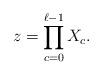
LaTeX: \begin{align*}z=\prod_{c=0}^{\ell-1} X_c.\end{align*}